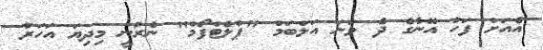
އެއަށް ފަހު އޭނާގެ ދެ ވަނަ އަލްބަމް "ޕްލެޓްފޯމް" ނެރުނީ މިދިޔަ އަހަރު